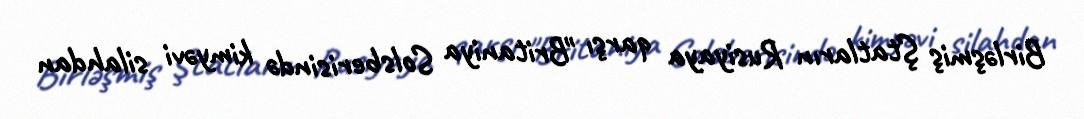
Birləşmiş Ştatların Rusiyaya qarşı "Britaniya Solsberisində kimyəvi silahdan